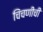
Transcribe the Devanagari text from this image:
चिंचणीची